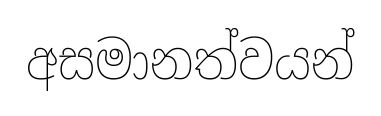
අසමානත්වයන්